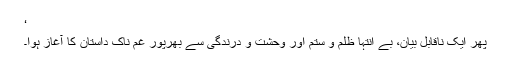
‘
پھر ایک ناقابلِ بیان، بے انتہا ظلم و ستم اور وحشت و درندگی سے بھرپور غم ناک داستان کا آغاز ہوا۔